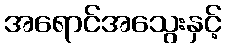
အရောင်အသွေးနှင့်